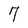
Character: 7